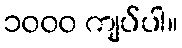
၁၀၀၀ ကျပ်ပါ။